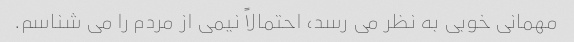
مهمانی خوبی به نظر می رسد، احتمالاً نیمی از مردم را می شناسم.